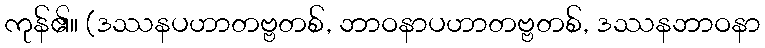
ကုန်၏။ (ဒဿနပဟာတဗ္ဗတစ်, ဘာဝနာပဟာတဗ္ဗတစ်, ဒဿနဘာဝနာ